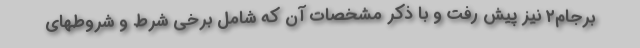
برجام۲ نیز پیش رفت و با ذکر مشخصات آن که شامل برخی شرط و شروطهای